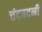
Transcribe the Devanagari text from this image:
चंदबदनी